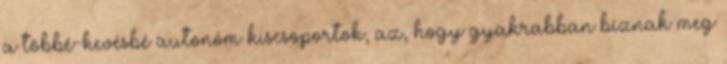
a többé-kevésbé autonóm kiscsoportok, az, hogy gyakrabban bíznak meg